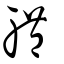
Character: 軆